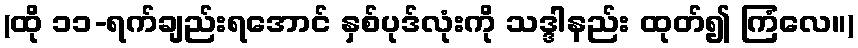
(ထို ၁၁-ရက်ချည်းရအောင် နှစ်ပုဒ်လုံးကို သဒ္ဒါနည်း ထုတ်၍ ကြံလေ။)